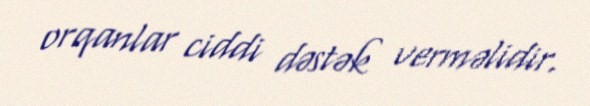
orqanlar ciddi dəstək verməlidir.